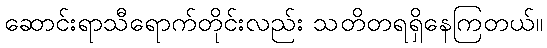
ဆောင်းရာသီရောက်တိုင်းလည်း သတိတရရှိနေကြတယ်။